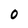
Character: O